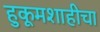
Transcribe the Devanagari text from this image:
हुकूमशाहीचा